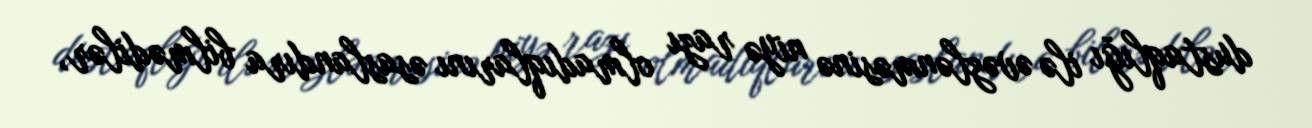
dustaqlığı ilə əvəzlənməsinə niyə razı olmadıqlarını əsaslandıra bilmədilər,